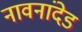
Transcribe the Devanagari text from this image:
नावनांदेड